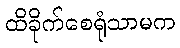
ထိခိုက်စေရုံသာမက